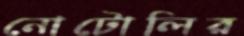
নোটোলির